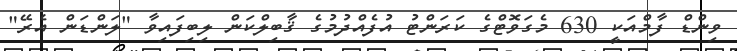
ވިންޑް ފާމްއަކީ 630 މެގަވޮޓްގެ ކަރަންޓު އުފެއްދުމުގެ ޤާބިލްކަން ލިބިފައިވާ "ލަންޑަން އެރޭ"